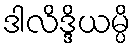
ဒါလိဒ္ဒိယမ္ပိ